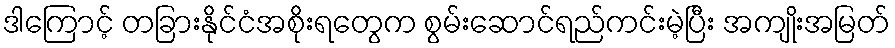
ဒါကြောင့် တခြားနိုင်ငံအစိုးရတွေက စွမ်းဆောင်ရည်ကင်းမဲ့ပြီး အကျိုးအမြတ်